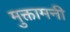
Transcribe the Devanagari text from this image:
मुक्तामनी